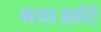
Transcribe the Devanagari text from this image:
गया।छोटे